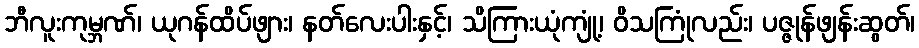
ဘီလူးကုမ္ဘဏ်၊ ယုဂန်ထိပ်ဖျား၊ နတ်လေးပါးနှင့်၊ သိကြားယုံကျုံ့၊ ဝိသကြုံလည်း၊ ပဇ္ဇုန်ဖျန်းဆွတ်၊